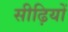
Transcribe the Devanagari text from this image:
सीढ़ियों